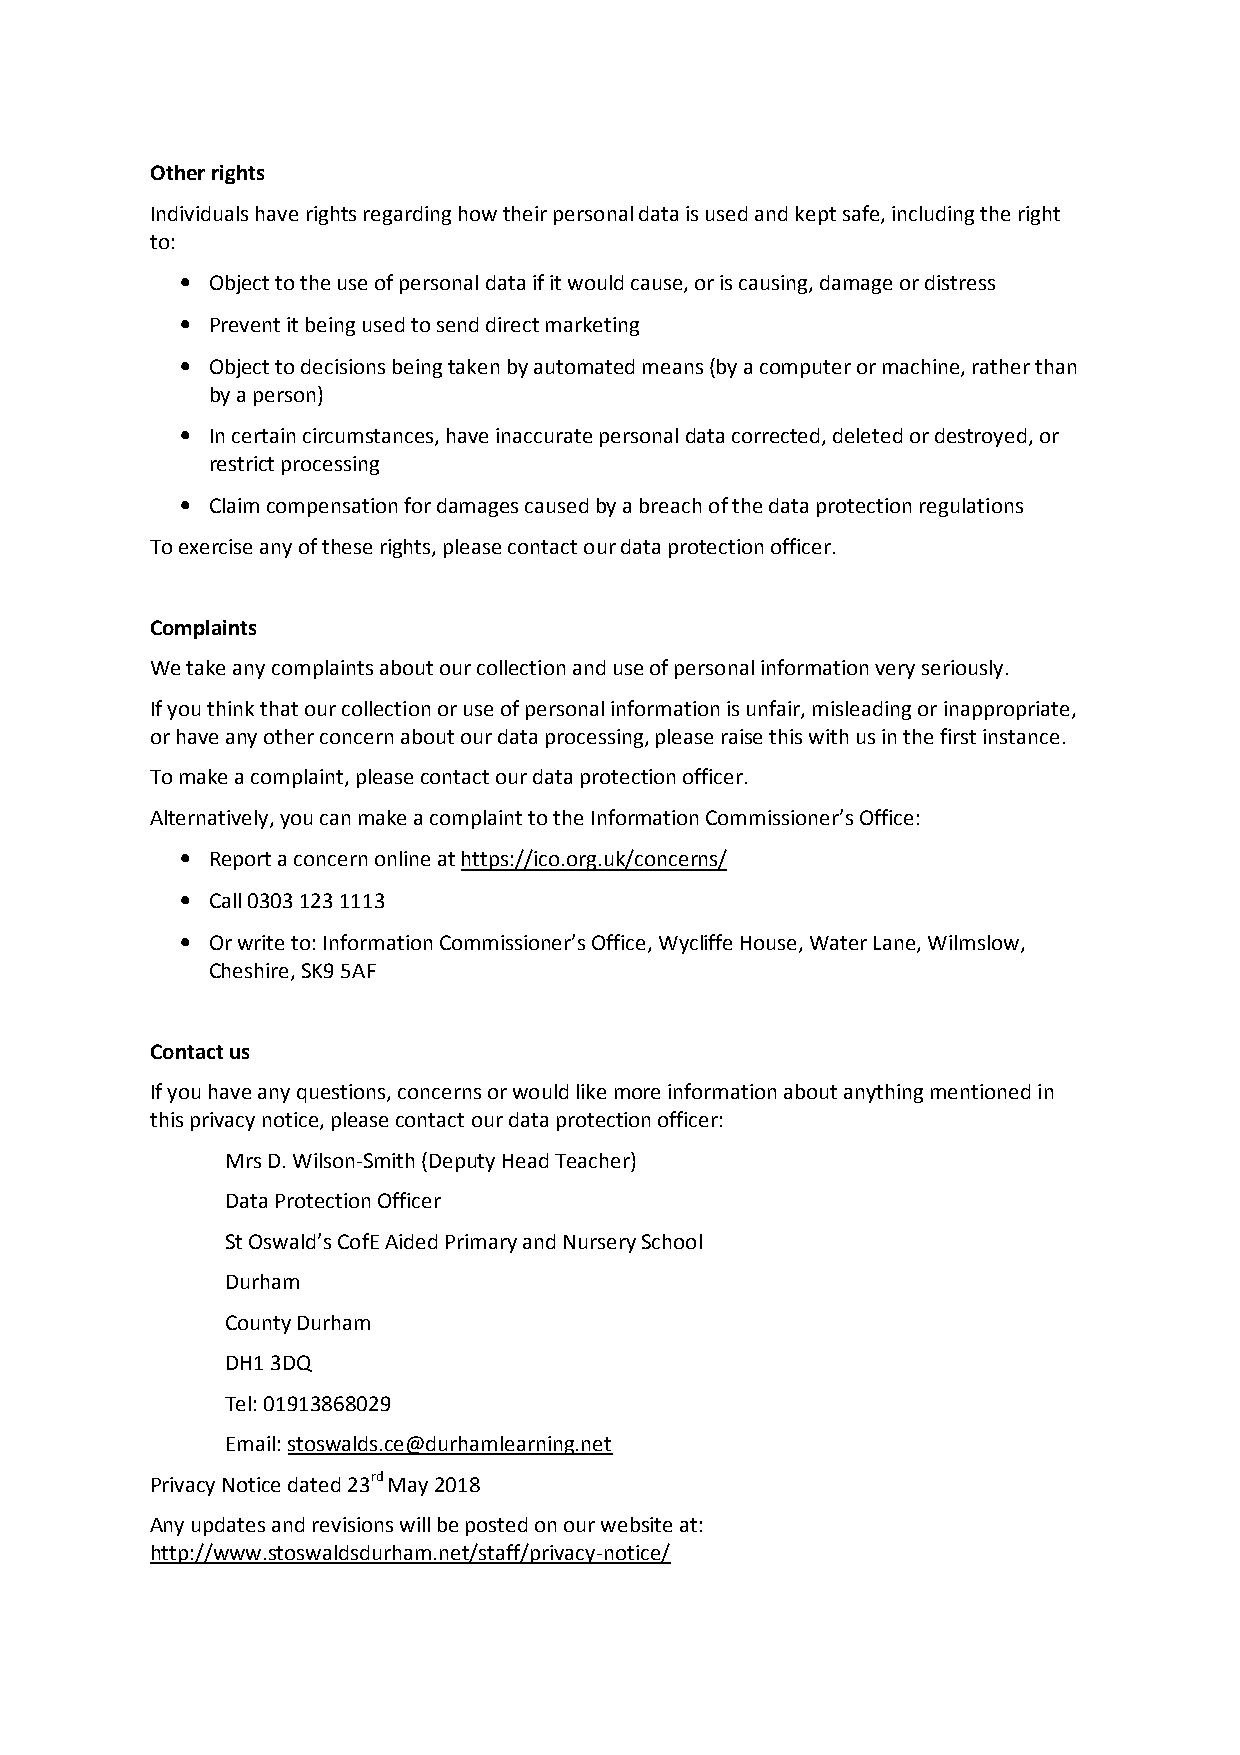
Other rights
 Individuals have rights regarding how their personal data is used and kept safe, including the right
 to:
 • Object to the use of personal data if it would cause, or is causing, damage or distress
 • Prevent it being used to send direct marketing
 • Object to decisions being taken by automated means (by a computer or machine, rather than
 by a person)
 • In certain circumstances, have inaccurate personal data corrected, deleted or destroyed, or
 restrict processing
 • Claim compensation for damages caused by a breach of the data protection regulations
 To exercise any of these rights, please contact our data protection officer.
 Complaints
 We take any complaints about our collection and use of personal information very seriously.
 If you think that our collection or use of personal information is unfair, misleading or inappropriate,
 or have any other concern about our data processing, please raise this with us in the first instance.
 To make a complaint, please contact our data protection officer.
 Alternatively, you can make a complaint to the Information Commissioner’s Office:
 • Report a concern online at https://ico.org.uk/concerns/
 • Call 0303 123 1113
 • Or write to: Information Commissioner’s Office, Wycliffe House, Water Lane, Wilmslow,
 Cheshire, SK9 5AF
 Contact us
 If you have any questions, concerns or would like more information about anything mentioned in
 this privacy notice, please contact our data protection officer:
 Mrs D. Wilson-Smith (Deputy Head Teacher)
 Data Protection Officer
 St Oswald’s CofE Aided Primary and Nursery School
 Durham
 County Durham
 DH1 3DQ
 Tel: 01913868029
 Email: stoswalds.ce@durhamlearning.net
 Privacy Notice dated 23rd May 2018
 Any updates and revisions will be posted on our website at:
 http://www.stoswaldsdurham.net/staff/privacy-notice/